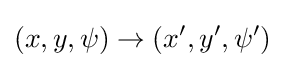
(x,y,\psi )\to (x',y',\psi ')